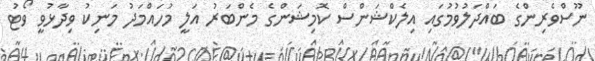
ނޫސްވެރިންގެ ބައްދަލުވުމުގައި އިލެކްޝަންސް ކޮމިޝަންގެ މެންބަރު އަލީ މުހައްމަދު މަނިކު ވިދާޅުވީ ވޯޓު